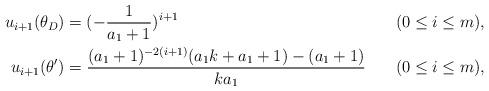
LaTeX: \begin{align*}u_{i+1}(\theta_D)&=(-\frac{1}{a_1+1})^{i+1}& &(0\leq i\leq m), \\u_{i+1}(\theta')&=\frac{(a_1+1)^{-2(i+1)}(a_1 k+a_1+1)-(a_1+1)}{ka_1}& &(0\leq i\leq m),\end{align*}